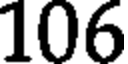
106